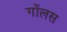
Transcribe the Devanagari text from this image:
गोंलस